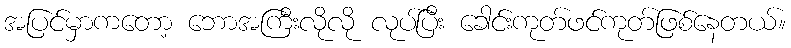
အပြင်မှာကတော့ ဘောအကြီးလိုလို လုပ်ပြီး ခေါင်းကုတ်ဖင်ကုတ်ဖြစ်နေတယ်။